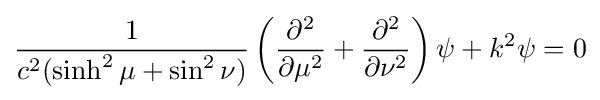
{\frac {1}{c^{2}(\sinh ^{2}\mu +\sin ^{2}\nu )}}\left({\frac {\partial ^{2}}{\partial \mu ^{2}}}+{\frac {\partial ^{2}}{\partial \nu ^{2}}}\right)\psi +k^{2}\psi =0